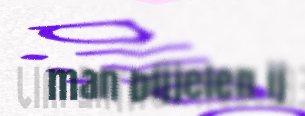
man bijjelen ij